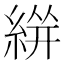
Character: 𱹹